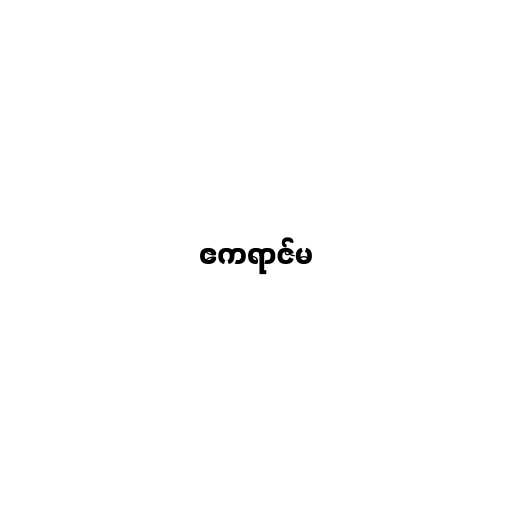
ဧကရာဇ်မ